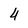
Character: 4